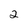
Character: 2